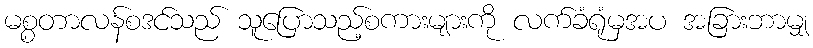
မစ္စတာလန်စဒင်သည် သူပြောသည့်စကားများကို လက်ခံရုံမှအပ အခြားဘာမျှ